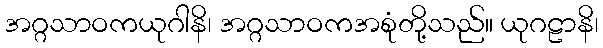
အဂ္ဂသာဝကယုဂါနိ၊ အဂ္ဂသာဝကအစုံတို့သည်။ ယုဂဠာနိ၊